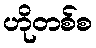
ဟိုတစ်စ